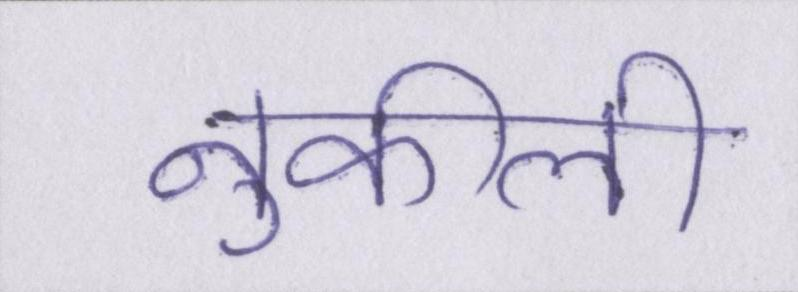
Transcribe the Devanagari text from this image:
नुकीली